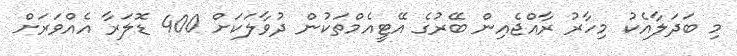
މި ބަދަލާއެކު މިހާރު ރާއްޖެއިން ބޭރުގެ އޭޓީއެމްތަކުން ދުވާލަކަށް 400 ޑޮލަރާ އެއްވަރަށް